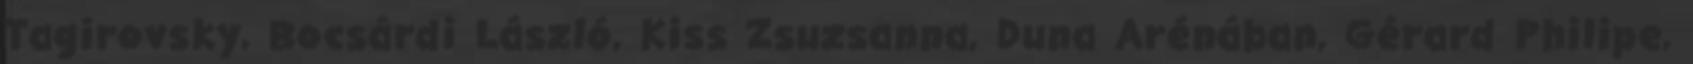
Tagirovsky, Bocsárdi László, Kiss Zsuzsanna, Duna Arénában, Gérard Philipe,